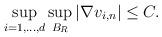
LaTeX: \begin{align*}\sup_{i=1,\dots,d} \sup_{B_R} |\nabla v_{i,n}| \le C.\end{align*}